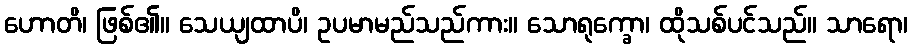
ဟောတိ၊ ဖြစ်၏။ သေယျထာပိ၊ ဥပမာမည်သည်ကား။ သောရုက္ခော၊ ထိုသစ်ပင်သည်။ သာရော၊